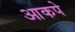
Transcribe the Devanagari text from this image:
आकपे